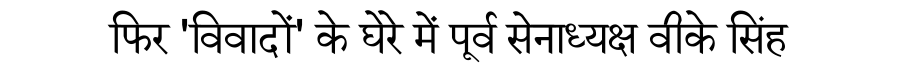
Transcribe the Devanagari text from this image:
फिर 'विवादों' के घेरे में पूर्व सेनाध्यक्ष वीके सिंह